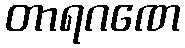
တာရဂဏေ